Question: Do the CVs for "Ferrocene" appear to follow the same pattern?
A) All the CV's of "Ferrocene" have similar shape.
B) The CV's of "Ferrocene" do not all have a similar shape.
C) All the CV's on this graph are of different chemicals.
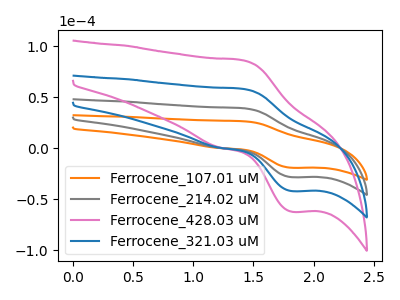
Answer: <think>The orange curve "Ferrocene_107.01 uM" has an anodic peak at (1.40V, 26.55uA) and a cathodic peak at (1.80V, -19.15uA). The gray curve "Ferrocene_214.02 uM" has an anodic peak at (1.40V, 39.35uA) and a cathodic peak at (1.80V, -28.35uA). The pink curve "Ferrocene_428.03 uM" has an anodic peak at (1.40V, 118.10uA) and a cathodic peak at (1.80V, -85.10uA). The blue curve "Ferrocene_321.03 uM" has an anodic peak at (1.40V, 78.75uA) and a cathodic peak at (1.80V, -56.75uA).
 All the peaks in "Ferrocene_107.01 uM" have a peak in "Ferrocene_214.02 uM" at the same potential. Every peak in "Ferrocene_107.01 uM" is lower than every peak in "Ferrocene_214.02 uM". All the peaks in "Ferrocene_107.01 uM" have a peak in "Ferrocene_428.03 uM" at the same potential. Every peak in "Ferrocene_107.01 uM" is lower than every peak in "Ferrocene_428.03 uM". All the peaks in "Ferrocene_107.01 uM" have a peak in "Ferrocene_321.03 uM" at the same potential. Every peak in "Ferrocene_107.01 uM" is lower than every peak in "Ferrocene_321.03 uM". All the peaks in "Ferrocene_214.02 uM" have a peak in "Ferrocene_428.03 uM" at the same potential. Every peak in "Ferrocene_214.02 uM" is lower than every peak in "Ferrocene_428.03 uM". All the peaks in "Ferrocene_214.02 uM" have a peak in "Ferrocene_321.03 uM" at the same potential. Every peak in "Ferrocene_214.02 uM" is lower than every peak in "Ferrocene_321.03 uM". All the peaks in "Ferrocene_428.03 uM" have a peak in "Ferrocene_321.03 uM" at the same potential. Every peak in "Ferrocene_428.03 uM" is higher than every peak in "Ferrocene_321.03 uM".</think>
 <answer>A) All the CV's of "Ferrocene" have similar shape.</answer>
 <eval>A</eval>